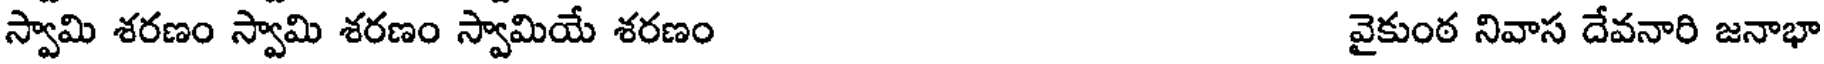
స్వామి శరణం స్వామి శరణం స్వామియే శరణం వైకుంఠ నివాస దేవనారి జనాభా